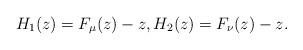
LaTeX: \begin{align*} H_1(z)=F_{{\mu}}(z)-z, H_2(z)=F_{\nu}(z)-z.\end{align*}